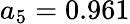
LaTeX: a_{5}=0.961